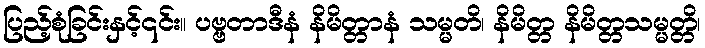
ပြည့်စုံခြင်းနှင့်၎င်း။ ပဗ္ဗတာဒီနံ နိမိတ္တာနံ သမ္မတိ၊ နိမိတ္တ နိမိတ္တသမ္မတ္တိ၊